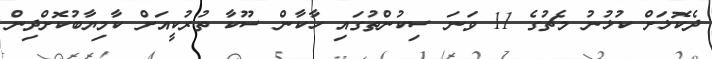
ދެކޮޅަށް ކުޅުނު މެޗުގެ 11 ވަނަ ސިކުންތުގައި ހާކާން ސޫކާ ތުރުކީއަށް ކާމިޔާބުކޮށްދިން